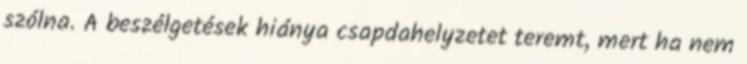
szólna. A beszélgetések hiánya csapdahelyzetet teremt, mert ha nem